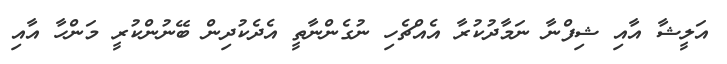
އަލީޝާ އާއި ޝިފްނާ ނަމާދުކުރާ އެއްޗެހި ނުގެންނާތީ އެދެކުދިން ބޭނުންކުރީ މަންހާ އާއި